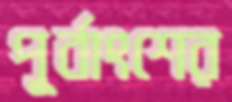
পূর্বাংশের